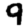
Digit: 9